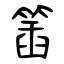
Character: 𥯥